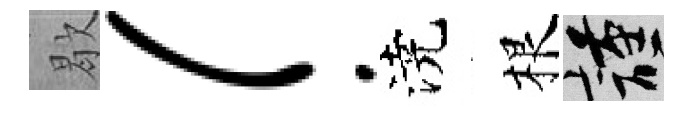
歇！澆根謹